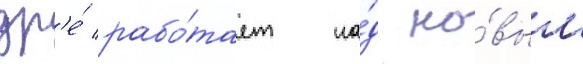
др'е́ рабо́тает на́д но́вым